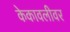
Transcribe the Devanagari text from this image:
केकावलीवर